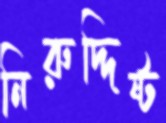
নিরুদ্দিষ্ট